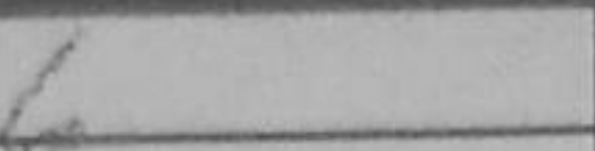
Transcription: d6